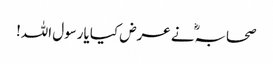
صحابہؓ نے عرض کیا یارسول اللہ!